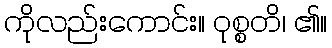
ကိုလည်းကောင်း။ ဝုစ္စတိ၊ ၏။